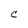
Character: C